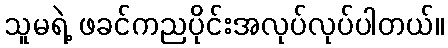
သူမရဲ့ ဖခင်ကညပိုင်းအလုပ်လုပ်ပါတယ်။